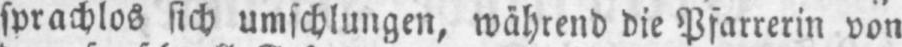
sprachlos sich umschlungen, wählend die Pfarrerin von